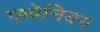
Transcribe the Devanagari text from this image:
एथेनियम